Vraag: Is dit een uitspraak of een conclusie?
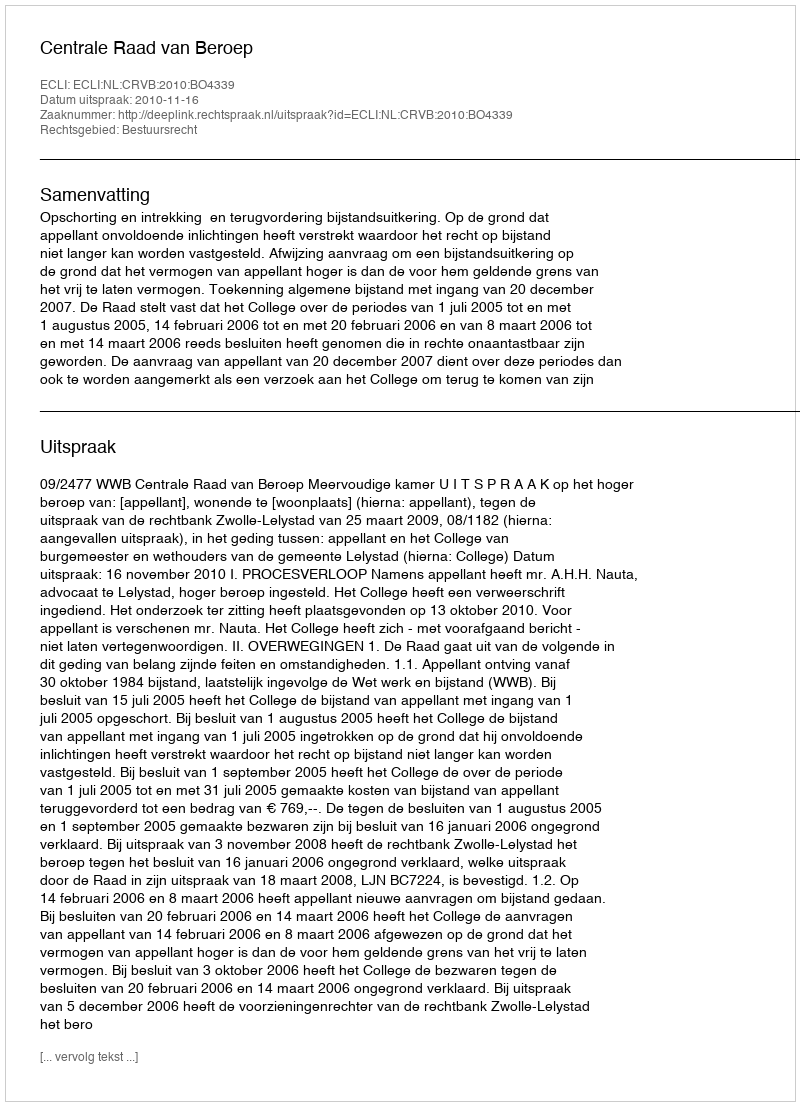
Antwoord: Uitspraak